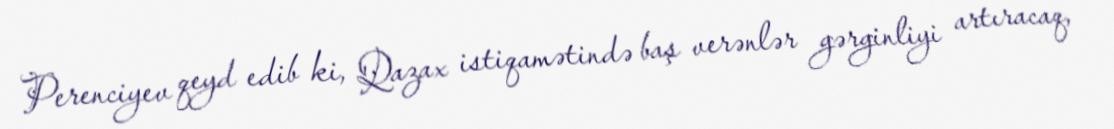
Perenciyev qeyd edib ki, Qazax istiqamətində baş verənlər gərginliyi artıracaq,